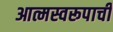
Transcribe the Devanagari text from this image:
आत्मस्वरूपाची